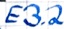
Text: E3.2